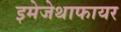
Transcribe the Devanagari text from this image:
इमेजेथाफायर